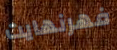
فهرنهايت